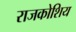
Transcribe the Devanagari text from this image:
राजकोशिय